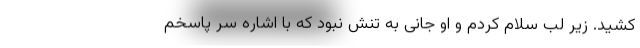
کشید. زیر لب سلام کردم و او جانی به تنش نبود که با اشاره سر پاسخم